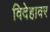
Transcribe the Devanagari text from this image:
विदेहावर